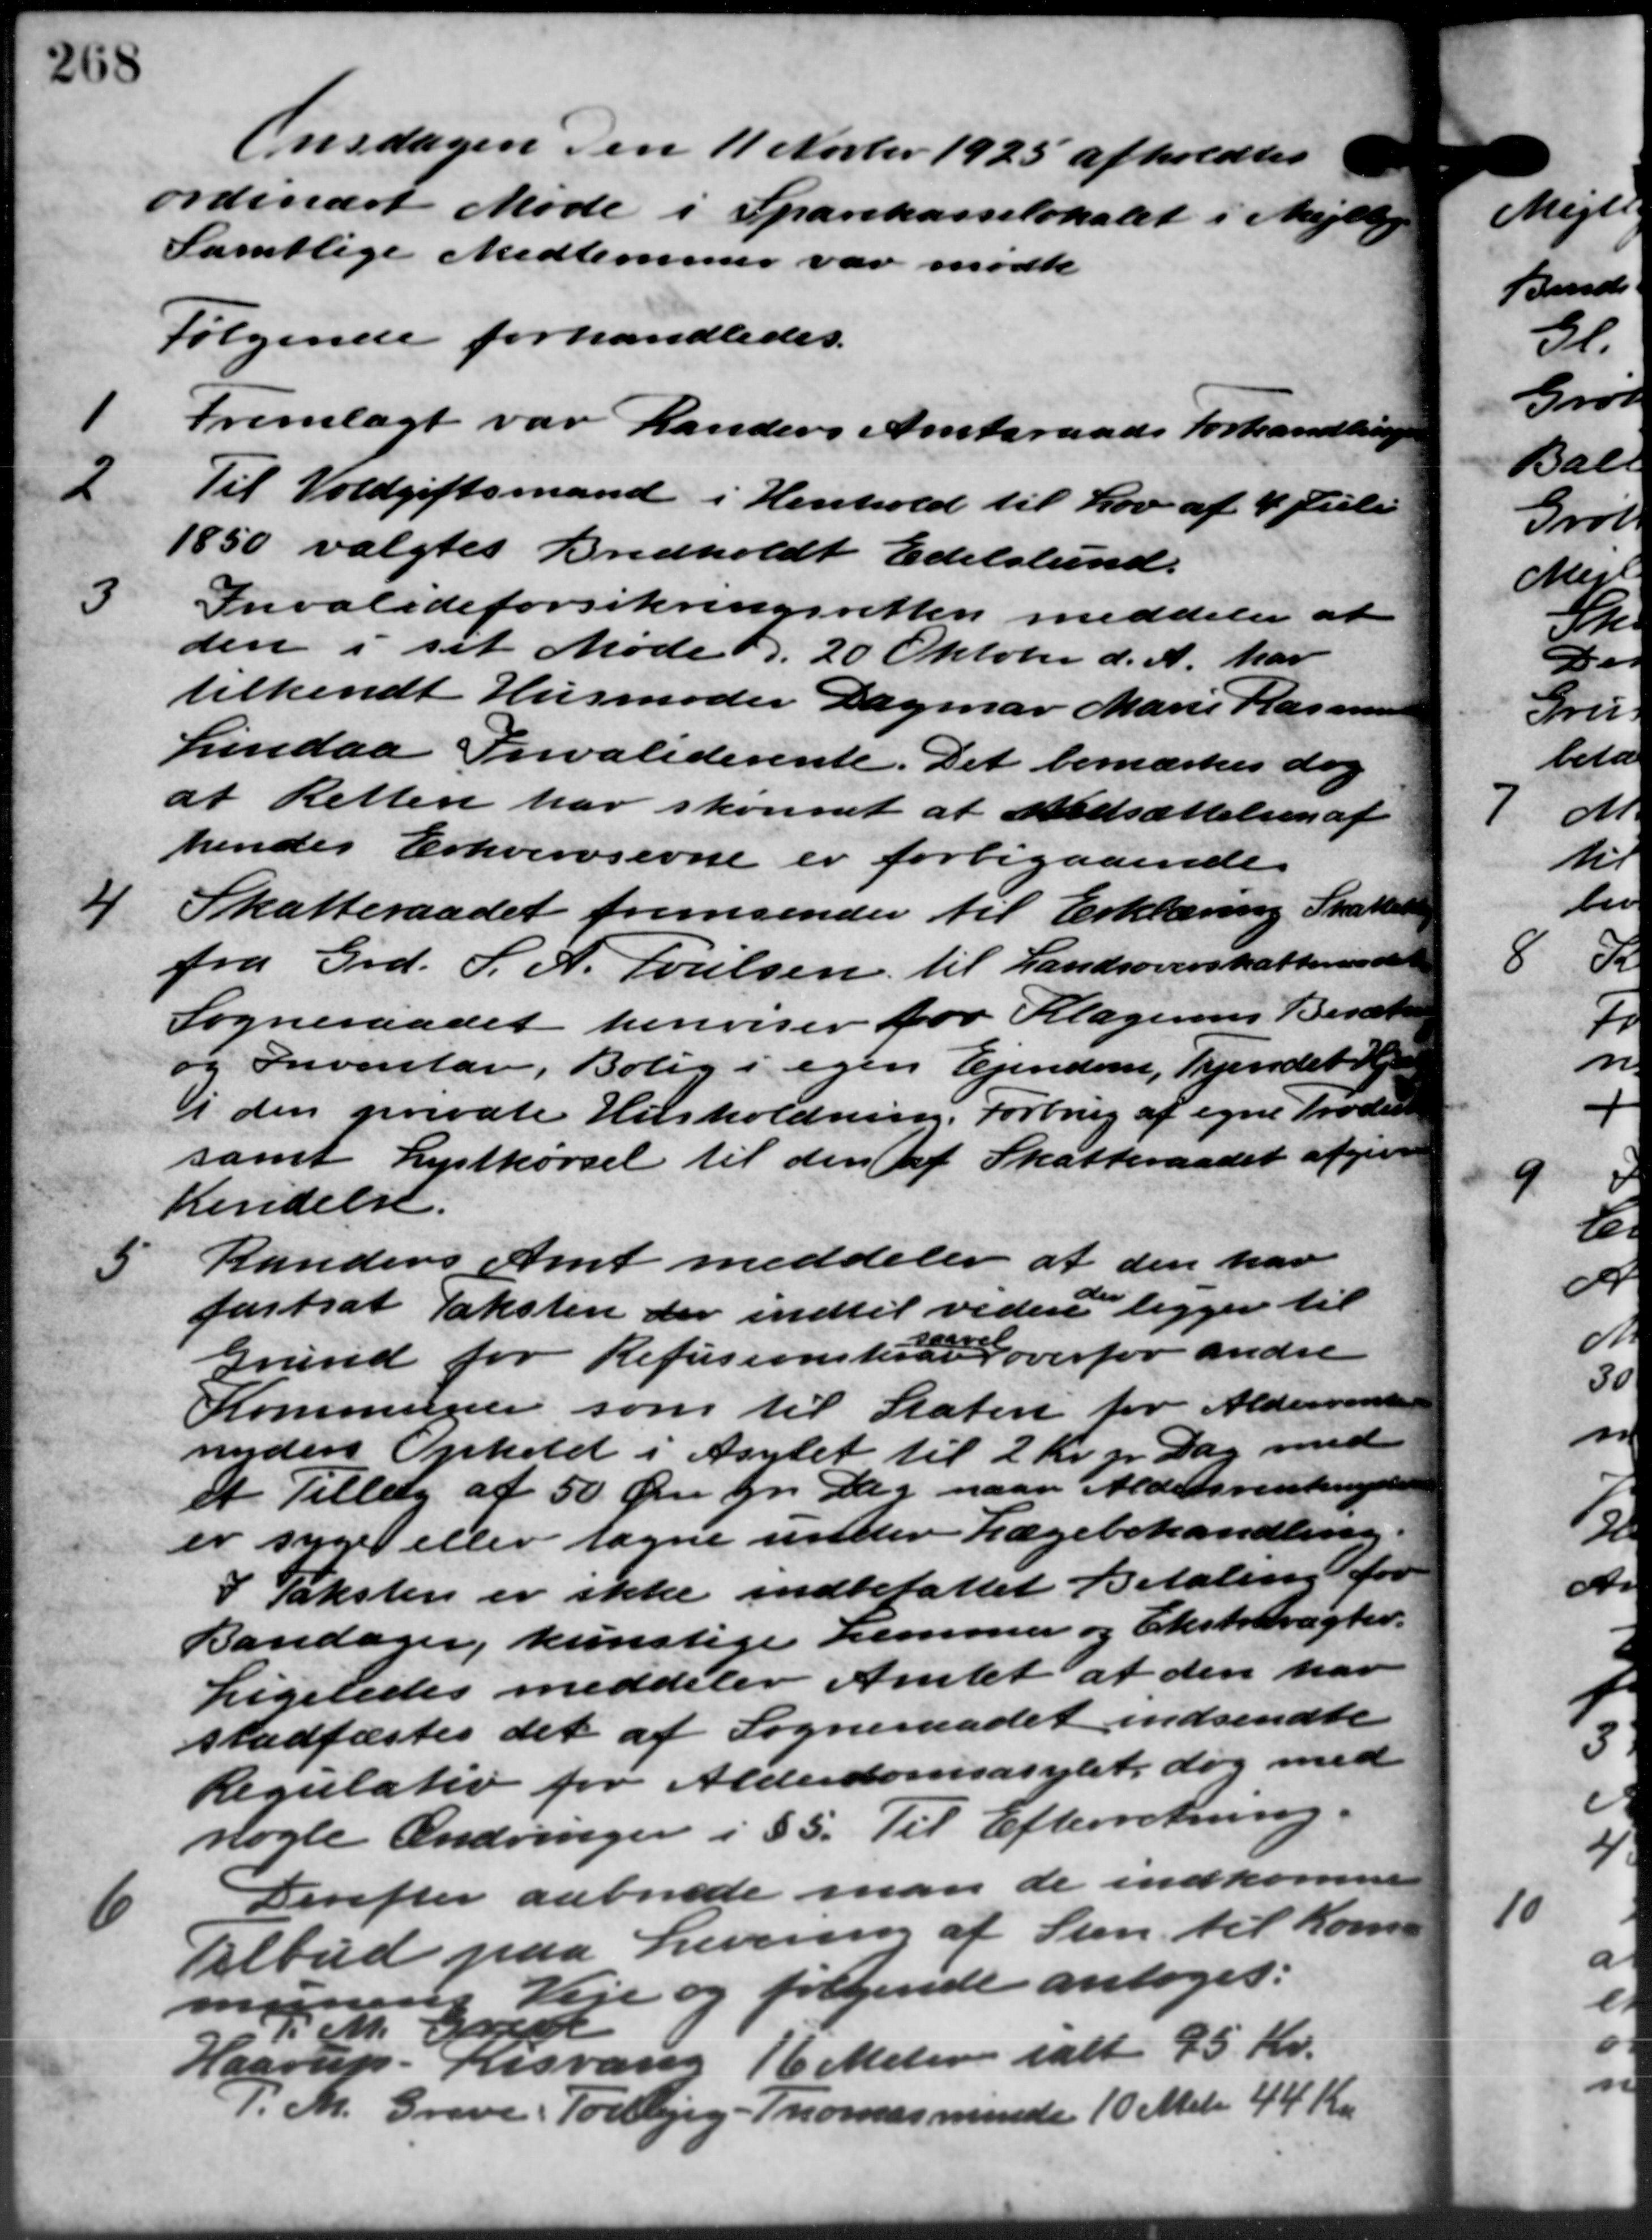
Transskription:
Onsdagen den 11 Novbr 1925 afhold
"
ordinært Møde i Sparekasselokalet i Mejlby
Samtlige Medlemmer var mødte
Følgende forhandledes.
1
fremlagt var Randers Amtsraads Forhandling
2
Til Voldgiftsmand i Henhold til Lov af 4 Juli
1850 valgtes Bredholdt Edelslund.
3
Invalideforsikringsretten meddeler at
den i sit Møde d. 20 Oktober d. A. har
tilkendt Husmoder Dagmar Marie Rasmuss
Lindaa Invaliderente. Det bemærkes dog
at Retten har skønnet at Nedsættelsen af
hendes Erhvervsevne er forbigaaende
4
Skatteraadet fremsender til Erklæring Skattels
fra Grd. S. A. Poulsen til Landsoverskatteraadet
Sogneraadet henviser for Klagerens Besætt
og Inventar, Bolig i egen Ejendom, Vejendet Hje
i den private Husholdning. Forbrug af egne Troder
samt Lystkørsel til den af Skatteraadet afgive
Kendelse.

Randers Amt meddeler at den har
fastsat Taksten der indtil videre ligger til
Grund for Refusionskole overfor andre
Kommuner som til Staten for Aldersrente
unders Ophold i Asylet til 2 Kr. pr. Dag med
et Tillæg af 50 Øre pr. Dag naar Aldersrentenyde
er syge eller tagne under Lægebehandling
I Taksten er ikke indbefattet Betaling for
Bandager, kunstige Lemmer og Ekstravagter.
Ligeledes meddeler Amtet at den har
stadfæstes det af Sogneraadet indsendte
Regulativ for Alderdomsasylet, dog med
nogle Ændringer i § 5. Til Efterretning
6
Derefter aabnede man de indkomne
Tilbud paa Levering af Sten til Kom –
munens Veje og følgende antoges:
M. Gred
Haarup - Risvang 16 Meter ialt 95 Kr.
.M. Greve, Todbjerg - Thomasminde 10 Matr. 44 Kr.